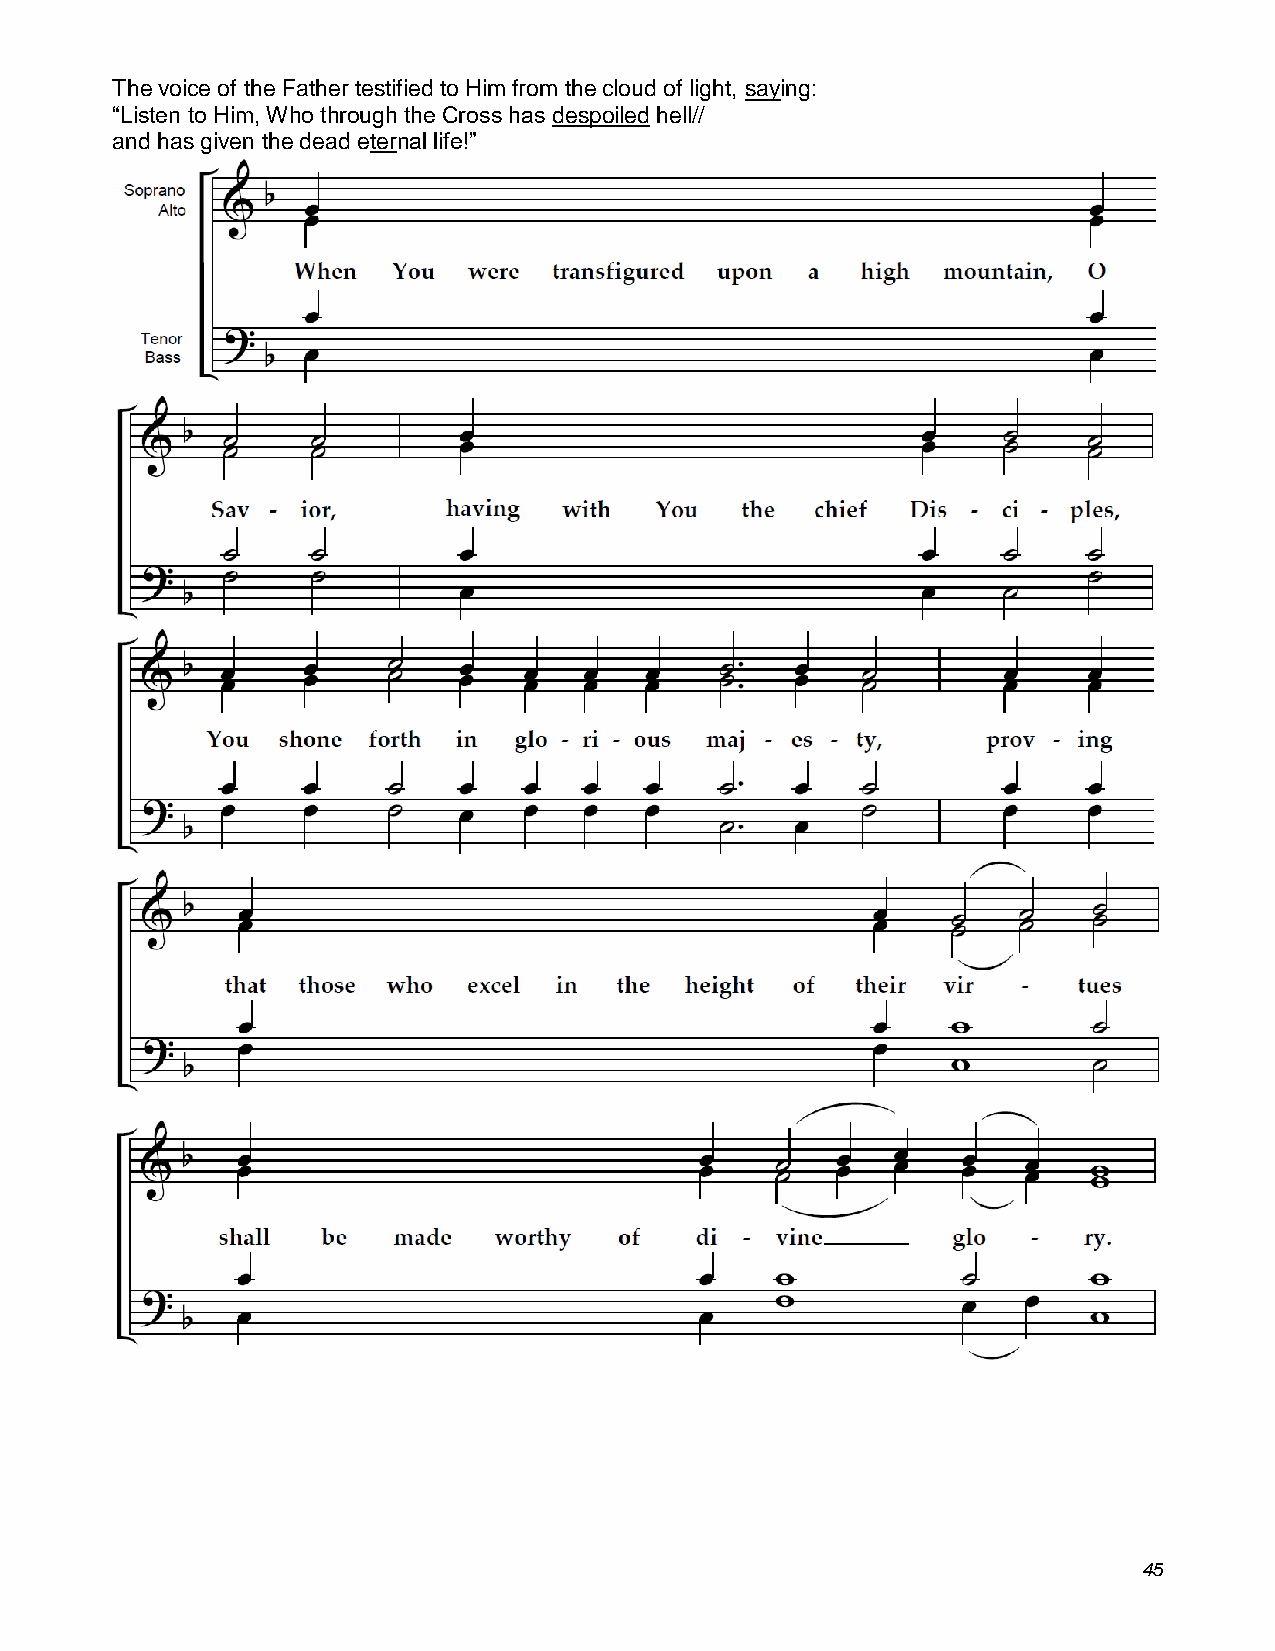
The voice of the Father testified to Him from the cloud of light, saying:
 “Listen to Him, Who through the Cross has despoiled hell//
 and has given the dead eternal life!”
 45